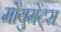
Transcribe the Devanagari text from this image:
मोंयुमेंट्स